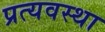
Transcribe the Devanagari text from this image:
प्रत्यवस्था